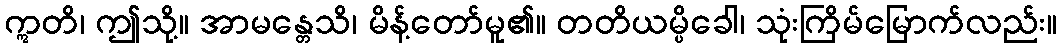
ဣတိ၊ ဤသို့။ အာမန္တေသိ၊ မိန့်တော်မူ၏။ တတိယမ္ပိခေါ၊ သုံးကြိမ်မြောက်လည်း။